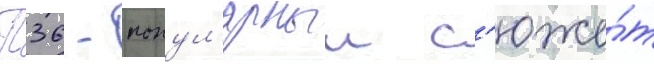
П36 - попул'ярныи с'юже́т